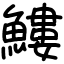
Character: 䱾